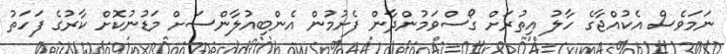
ނަމަވެސް އެކުއްޖާގެ ހާލު އިތުރަށް ގޯސްވަމުންދާން ފެށުމުން އެންބިއުލާންސަށް މަޑުނުކޮށް ކާރުގެ ފަހަތު